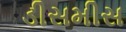
ડીસમીસ